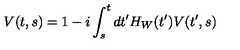
V ( t , s ) = 1 - i \int _ { s } ^ { t } d t ^ { \prime } H _ { W } ( t ^ { \prime } ) V ( t ^ { \prime } , s )